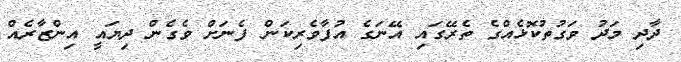
ދާދި މަދު ވަގުތުކޮޅެއްގެ ތެރޭގައި އޭނަގެ އުފާވެރިކަން ފެނަށް ވެގެން ދިޔައީ އިންޒާރެއް